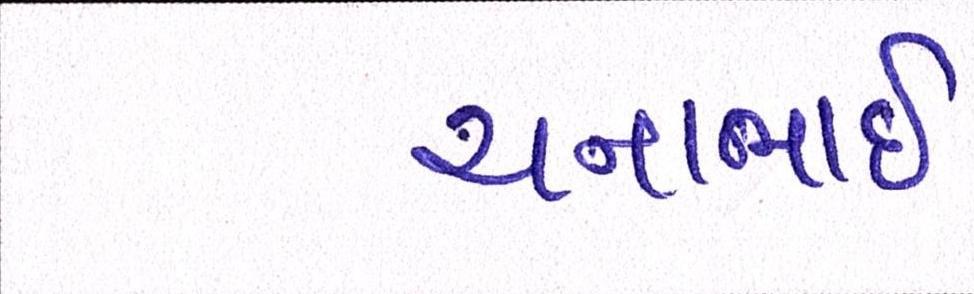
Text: ચનાભાઇ